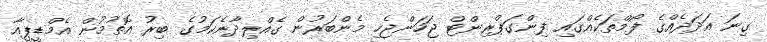
ގިނަ އަދަދެއްގެ ފޯމްތަކެއްގައި ފިންގަޕްރިންޓް ޖަހަންޖެހި މެންބަރުން ގެއްލިދާނެކަމުގެ ބިރު އޮތުމުން އެމްޑީޕީއާ